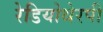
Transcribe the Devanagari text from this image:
रेडियोथेरपी